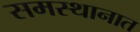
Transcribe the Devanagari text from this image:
समस्थानात